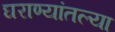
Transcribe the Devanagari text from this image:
घराण्यांतल्या